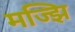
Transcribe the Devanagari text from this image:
मज्झि